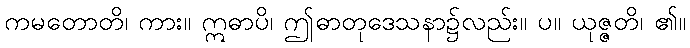
ကမတောတိ၊ ကား။ ဣဓာပိ၊ ဤဓာတုဒေသနာ၌လည်း။ ပ။ ယုဇ္ဇတိ၊ ၏။